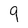
Character: 9